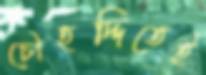
চৌহদ্দিতেই